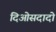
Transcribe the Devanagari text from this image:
दिओसदादो